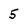
Character: 5